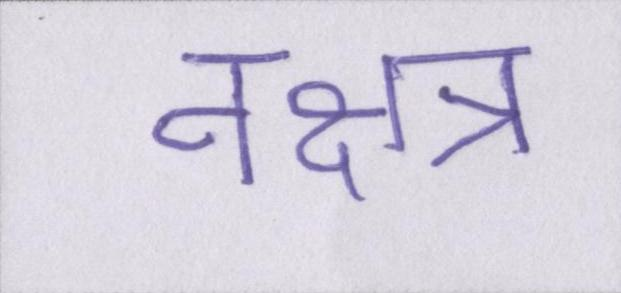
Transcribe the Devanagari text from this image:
नक्षत्र